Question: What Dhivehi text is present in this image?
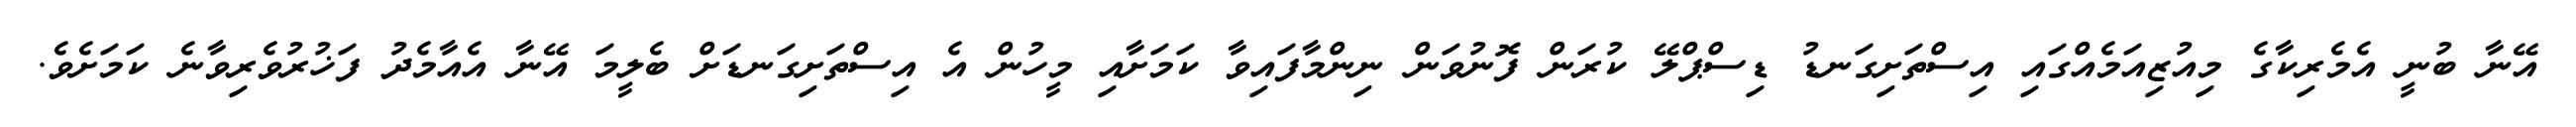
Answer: އޭނާ ބުނީ އެމެރިކާގެ މިއުޒިއަމެއްގައި އިސްތަށިގަނޑު ޑިސްޕްލޭ ކުރަން ފޮނުވަން ނިންމާފައިވާ ކަމަށާއި މީހުން އެ އިސްތަށިގަނޑަށް ބެލީމަ އޭނާ އެއާމެދު ފަޚުރުވެރިވާނެ ކަމަށެވެ.